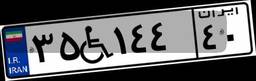
۳۵W۱۴۴۴۰